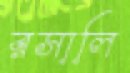
রসালি